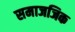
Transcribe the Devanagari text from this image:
समाजजिक